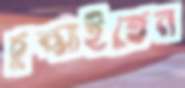
চুপ্‌সাইতেন